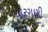
ધારગણી